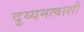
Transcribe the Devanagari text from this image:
दुय्यमत्वाशी